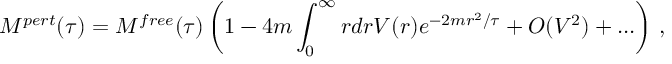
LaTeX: M ^ { p e r t } ( \tau ) = M ^ { f r e e } ( \tau ) \left( 1 - 4 m \int _ { 0 } ^ { \infty } r d r V ( r ) e ^ { - 2 m r ^ { 2 } / \tau } + O ( V ^ { 2 } ) + . . . \right) \, ,